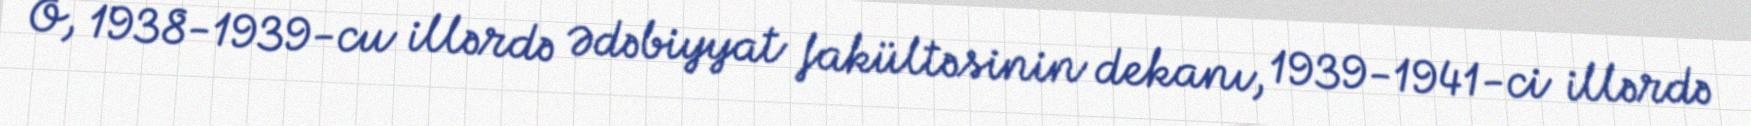
O, 1938-1939-cu illərdə Ədəbiyyat fakültəsinin dekanı, 1939-1941-ci illərdə